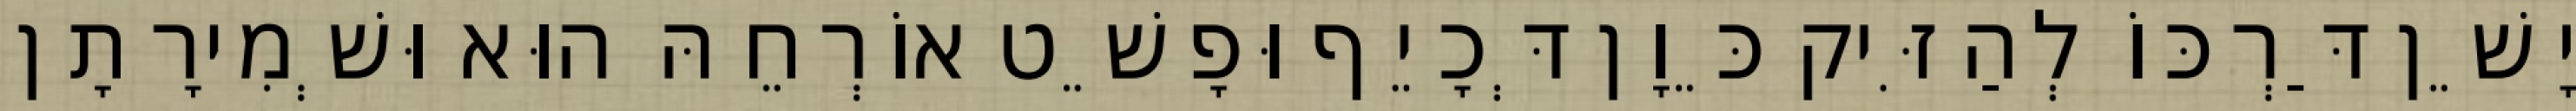
יָשֵׁן דַּרְכּוֹ לְהַזִּיק כֵּוָן דְּכָיֵף וּפָשֵׁט אוֹרְחֵהּ הוּא וּשְׁמִירָתָן